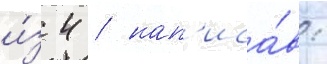
и́з 4 / нап'иса́в: